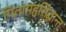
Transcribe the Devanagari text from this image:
पितामहसिद्धान्त